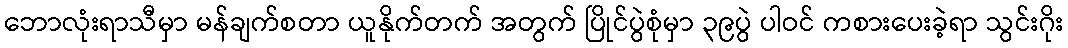
ဘောလုံးရာသီမှာ မန်ချက်စတာ ယူနိုက်တက် အတွက် ပြိုင်ပွဲစုံမှာ ၃၉ပွဲ ပါဝင် ကစားပေးခဲ့ရာ သွင်းဂိုး